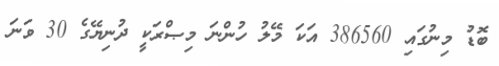
ބޮޑު މިނުގައި 386560 އަކަ މޭލު ހުންނަ މިޞްރަކީ ދުނިޔޭގެ 30 ވަނަ